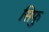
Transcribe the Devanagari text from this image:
सिफु